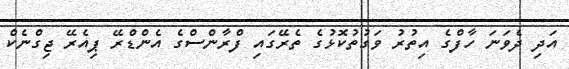
އަދި ދެވަނަ ހާފްގެ އިތުރު ވަގުތުކޮޅުގެ ތެރޭގައި ފްރާންސްގެ އެންޑްރޭ ޕިއެރޭ ޖިގްނެކް